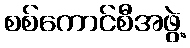
စစ်ကောင်စီအဖွဲ့